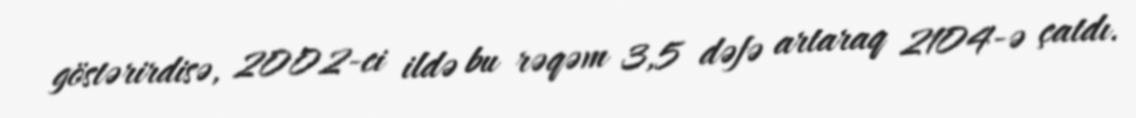
göstərirdisə, 2002-ci ildə bu rəqəm 3,5 dəfə artaraq 2104-ə çatdı.